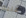
عليه